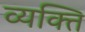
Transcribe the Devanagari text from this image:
व्‍यक्‍ति